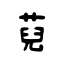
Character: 萖